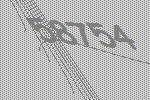
58754